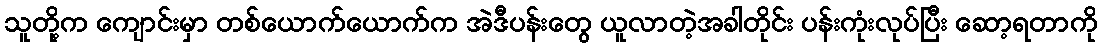
သူတို့က ကျောင်းမှာ တစ်ယောက်ယောက်က အဲဒီပန်းတွေ ယူလာတဲ့အခါတိုင်း ပန်းကုံးလုပ်ပြီး ဆော့ရတာကို